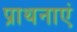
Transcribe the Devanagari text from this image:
प्राथनाएं